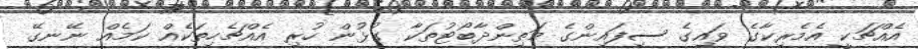
އެއްޗަކީ އެމެރިކާގެ ވައިގެ ސިފައިންގެ މަތިންދާބޯޓުތަކާ ގުޅުން ހުރި އެއްޗެހިތަކެއް ކަމެއް ނޭނގޭ